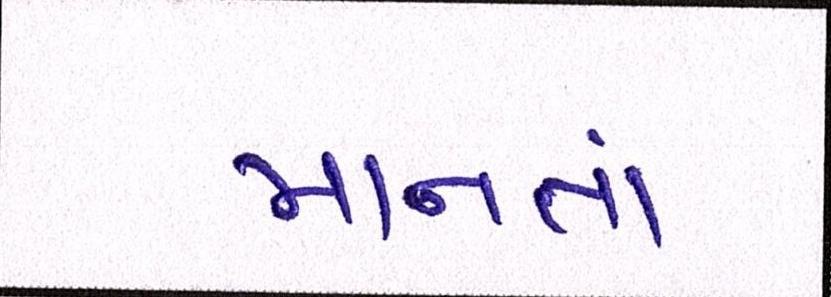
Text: માનતાં